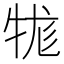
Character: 牻